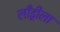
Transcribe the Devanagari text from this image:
लाँड्रीला